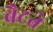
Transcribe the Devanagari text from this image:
बैटते